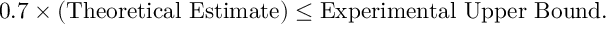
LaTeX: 0 . 7 \times ( \mathrm { T h e o r e t i c a l ~ E s t i m a t e } ) \leq \mathrm { E x p e r i m e n t a l ~ U p p e r ~ B o u n d } .